Plague in India, 1896, 1897 - Volume 3
Year: 1896
Disease focus: Plague
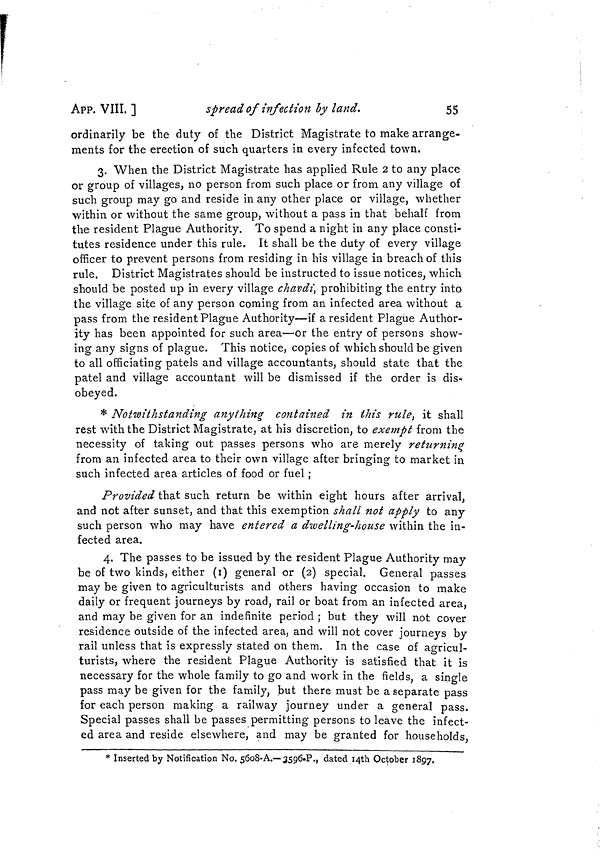
APP. VIII, ]
spread of infection by land.
55
ordinarily be the duty of the District Magistrate to make arrange-
ments for the erection of such quarters in every infected town.
3. When the District Magistrate has applied Rule 2 to any place
or group of villages, no person from such place or from any village of
such group may go and reside in any other place or village, whether
within or without the same group, without a pass in that behalf from
the resident Plague Authority. To spend a night in any place consti-
tutes residence under this rule. It shall be the duty of every village
officer to prevent persons from residing in his village in breach of this
rule. District Magistrates should be instructed to issue notices, which
should be posted up in every village chavdi, prohibiting the entry into
the village site of any person coming from an infected area without a
pass from the resident Plague Authority—if a resident Plague Author-
ity has been appointed for such area—or the entry of persons show-
ing any signs of plague. This notice, copies of which should be given
to all officiating patels and village accountants, should state that the
patel and village accountant will be dismissed if the order is dis-
obeyed.
* Notwithstanding anything contained in this rule, it shall
rest with the District Magistrate, at his discretion, to exempt from the
necessity of taking out passes persons who are merely returning
from an infected area to their own village after bringing to market in
such infected area articles of food or fuel ;
Provided that such return be within eight hours after arrival,
and not after sunset, and that this exemption shall not apply to any
such person who may have entered a dwelling-house within the in-
fected area.
4. The passes to be issued by the resident Plague Authority may
be of two kinds, either (1) general or (2) special. General passes
may be given to agriculturists and others having occasion to make
daily or frequent journeys by road, rail or boat from an infected area,
and may be given for an indefinite period ; but they will not cover
residence outside of the infected area, and will not cover journeys by
rail unless that is expressly stated on them. In the case of agricul-
turists, where the resident Plague Authority is satisfied that it is
necessary for the whole family to go and work in the fields, a single
pass may be given for the family, but there must be a separate pass
for each person making a railway journey under a general pass.
Special passes shall be passes permitting persons to leave the infect-
ed area and reside elsewhere, and may be granted for households,
* Inserted by Notification No. 5608-A.—-3596-P., dated I4th October 1897.